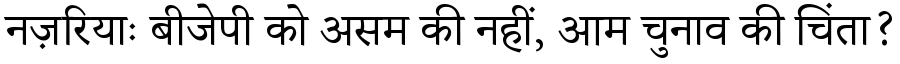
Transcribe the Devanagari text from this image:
नज़रियाः बीजेपी को असम की नहीं, आम चुनाव की चिंता?